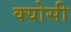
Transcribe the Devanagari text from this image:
क्योसी